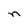
Character: n